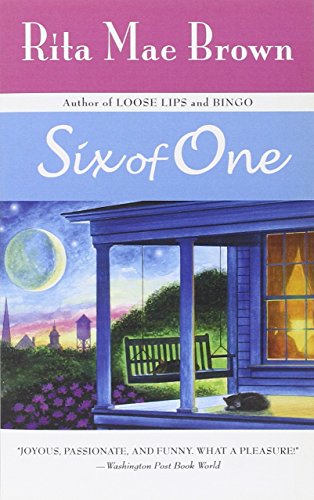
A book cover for Six of One; Rita Mae Brown; Gay & Lesbian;